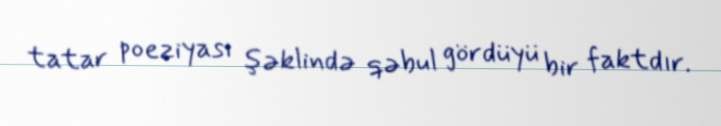
tatar poeziyası şəklində qəbul gördüyü bir faktdır.